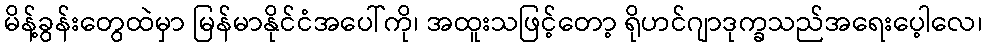
မိန့်ခွန်းတွေထဲမှာ မြန်မာနိုင်ငံအပေါ်ကို၊ အထူးသဖြင့်တော့ ရိုဟင်ဂျာဒုက္ခသည်အရေးပေ့ါလေ၊